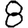
Digit: 8